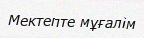
Мектепте мұғалім